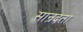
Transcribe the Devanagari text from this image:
सान्रदता